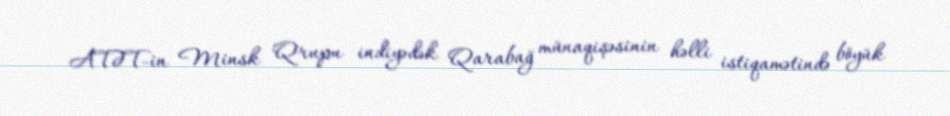
ATƏT-in Minsk Qrupu indiyədək Qarabağ münaqişəsinin həlli istiqamətində böyük